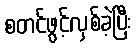
စတင်ဖွင့်လှစ်ခဲ့ပြီး